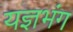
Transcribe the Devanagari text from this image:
यज्ञभंग